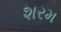
શરમ